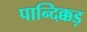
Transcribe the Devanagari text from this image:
पान्दिक्कड़